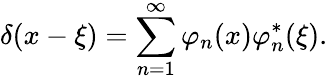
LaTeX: \delta(x-\xi)=\sum_{n=1}^{\infty}\varphi_{n}(x)\varphi_{n}^{*}(\xi).